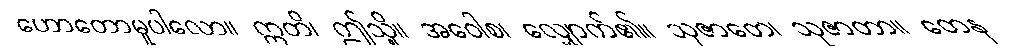
ဟောတောမူပါလော။ ဣတိ၊ ဤသို့။ အဝေါစ၊ လျှောက်၏။ သုဇာတေ၊ သုဇာတာ။ တေန